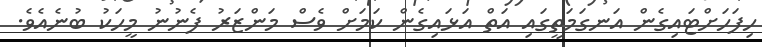
ހިފަހަށްޓައިގެން އަނގަމަތީގައި އަތް އަޅައިގެން ކަމަށް ވެސް މަންޒަރު ފެނުނު މީހަކު ބުނެއެވެ.